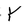
Character: Y